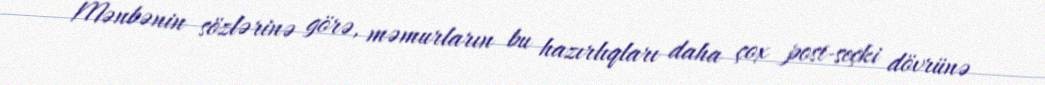
Mənbənin sözlərinə görə, məmurların bu hazırlıqları daha çox post-seçki dövrünə